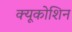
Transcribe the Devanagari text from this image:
क्यूकोशिन